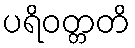
ပရိဝတ္တတိ